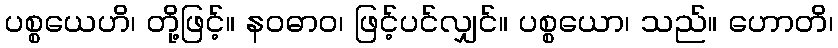
ပစ္စယေဟိ၊ တို့ဖြင့်။ နဝဓာဝ၊ ဖြင့်ပင်လျှင်။ ပစ္စယော၊ သည်။ ဟောတိ၊